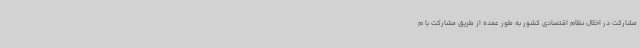
مشارکت در اخلال نظام اقتصادی کشور به طور عمده از طریق مشارکت با م